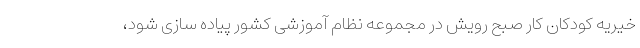
خیریه کودکان کار صبح رویش در مجموعه نظام آموزشی کشور پیاده سازی شود،